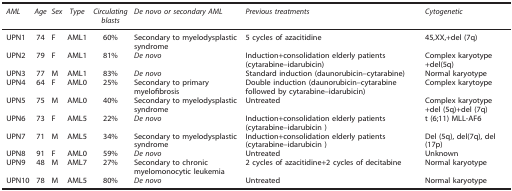
<table><thead><tr><td><b><i>AML</i></b></td><td><b><i>Age</i></b></td><td><b><i>Sex</i></b></td><td><b><i>Type</i></b></td><td><b><i>Circulating blasts</i></b></td><td><b><i>De novo or secondary AML</i></b></td><td><b><i>Previous treatments</i></b></td><td><b><i>Cytogenetic</i></b></td></tr></thead><tbody><tr><td>UPN1</td><td>74</td><td>F</td><td>AML1</td><td>60%</td><td>Secondary to myelodysplastic syndrome</td><td>5 cycles of azacitidine</td><td>45,XX,+del (7q)</td></tr><tr><td>UPN2</td><td>79</td><td>F</td><td>AML1</td><td>81%</td><td><i>De novo</i></td><td>Induction+consolidation elderly patients (cytarabine–idarubicin)</td><td>Complex karyotype+del(5q)</td></tr><tr><td>UPN3</td><td>77</td><td>M</td><td>AML1</td><td>83%</td><td><i>De novo</i></td><td>Standard induction (daunorubicin–cytarabine)</td><td>Normal karyotype</td></tr><tr><td>UPN4</td><td>64</td><td>F</td><td>AML0</td><td>25%</td><td>Secondary to primary myelofibrosis</td><td>Double induction (daunorubicin–cytarabine followed by cytarabine–idarubicin)</td><td>Complex karytoype</td></tr><tr><td>UPN5</td><td>75</td><td>M</td><td>AML0</td><td>40%</td><td>Secondary to myelodysplastic syndrome</td><td>Untreated</td><td>Complex karyotype+del (5q)+del (7q)</td></tr><tr><td>UPN6</td><td>73</td><td>F</td><td>AML5</td><td>22%</td><td><i>De novo</i></td><td>Induction+consolidation elderly patients (cytarabine–idarubicin)</td><td>t (6;11) MLL-AF6</td></tr><tr><td>UPN7</td><td>71</td><td>M</td><td>AML5</td><td>34%</td><td>Secondary to myelodysplastic syndrome</td><td>Induction+consolidation elderly patients (cytarabine–idarubicin)</td><td>Del (5q), del(7q), del(17p)</td></tr><tr><td>UPN8</td><td>91</td><td>F</td><td>AML0</td><td>59%</td><td><i>De novo</i></td><td>Untreated</td><td>Unknown</td></tr><tr><td>UPN9</td><td>48</td><td>M</td><td>AML7</td><td>27%</td><td>Secondary to chronic myelomonocytic leukemia</td><td>2 cycles of azacitidine+2 cycles of decitabine</td><td>Normal karyotype</td></tr><tr><td>UPN10</td><td>78</td><td>M</td><td>AML5</td><td>80%</td><td><i>De novo</i></td><td>Untreated</td><td>Normal karyotype</td></tr></tbody></table>